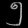
Digit: ၅